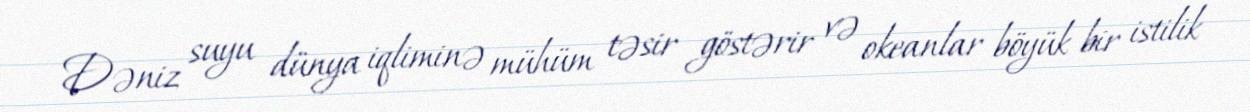
Dəniz suyu dünya iqliminə mühüm təsir göstərir və okeanlar böyük bir istilik